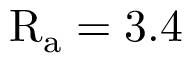
\mathrm { R _ { a } } = 3 . 4